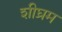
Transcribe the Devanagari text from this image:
शीघ्रम